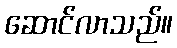
ဆောင်လာသည်။